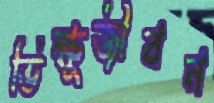
ভিক্ষুজীবন